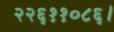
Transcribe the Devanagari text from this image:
२२६११०८६।